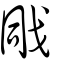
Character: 戙